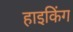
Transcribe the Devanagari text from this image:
हाइकिंग